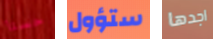
حسنا ستؤول اجدها